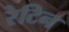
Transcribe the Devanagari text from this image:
रेटिन